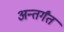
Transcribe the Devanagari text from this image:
अन्तर्गंत